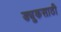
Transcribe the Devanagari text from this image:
ड्युकसाठी